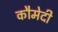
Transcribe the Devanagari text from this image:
कौमेदी